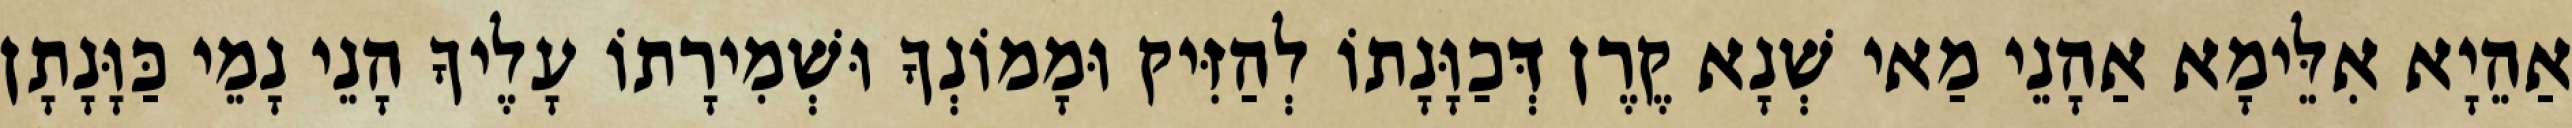
אַהֵיָא אִלֵּימָא אַהָנֵי מַאי שְׁנָא קֶרֶן דְּכַוָּנָתוֹ לְהַזִּיק וּמָמוֹנְךָ וּשְׁמִירָתוֹ עָלֶיךָ הָנֵי נָמֵי כַּוָּנָתָן